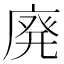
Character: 廃